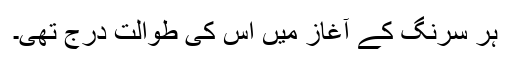
ہر سرنگ کے آغاز میں اس کی طوالت درج تھی۔